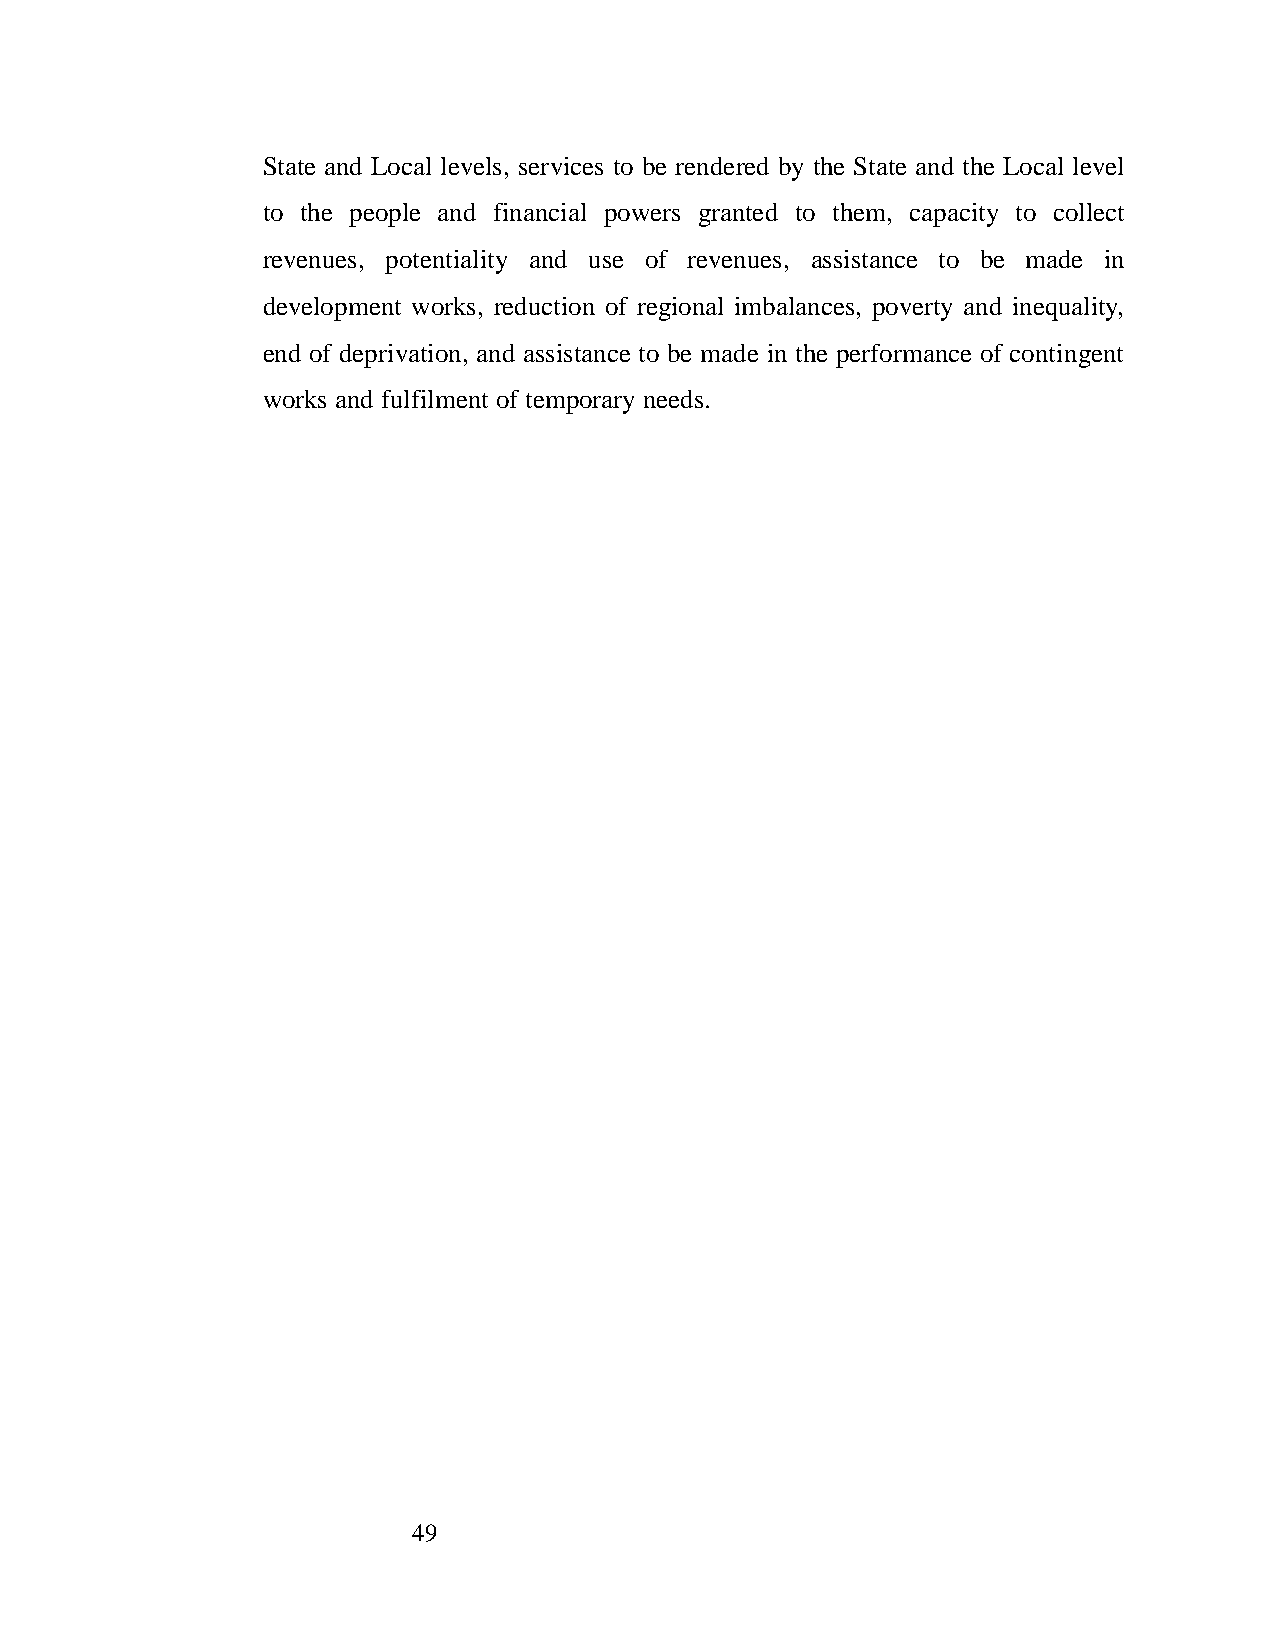
State and Local levels, services to be rendered by the State and the Local level
 to the people and financial powers granted to them, capacity to collect
 revenues, potentiality and use of revenues, assistance to be made in
 development works, reduction of regional imbalances, poverty and inequality,
 end of deprivation, and assistance to be made in the performance of contingent
 works and fulfilment of temporary needs.
 49